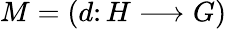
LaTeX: M=(d\colon H\longrightarrow G)